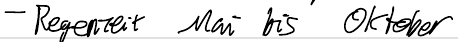
- Regenzeit Mai bis Oktober